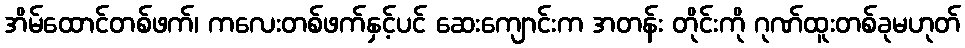
အိမ်ထောင်တစ်ဖက်၊ ကလေးတစ်ဖက်နှင့်ပင် ဆေးကျောင်းက အတန်း တိုင်းကို ဂုဏ်ထူးတစ်ခုမဟုတ်